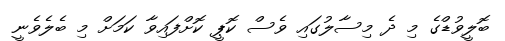
ބޮލީވުޑްގެ މި ދެ މިސާލުގައި ވެސް ކޮޕީ ކޮށްފައިވާ ކަމަށް މި ބެލެވެނީ